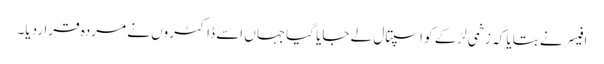
افیسر نے بتایا کہ زخمی لڑکے کو اسپتال لے جایا گیاجہاں اسے ڈاکٹروں نے مردہ قراردیا۔